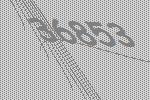
36853